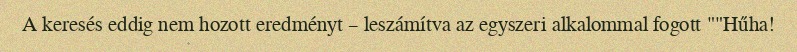
A keresés eddig nem hozott eredményt – leszámítva az egyszeri alkalommal fogott ""Hűha!